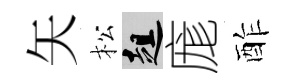
矢松趄庬酢